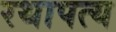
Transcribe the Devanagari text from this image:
रथापत्य